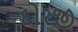
દોરજી